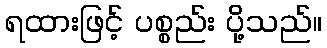
ရထားဖြင့် ပစ္စည်း ပို့သည်။